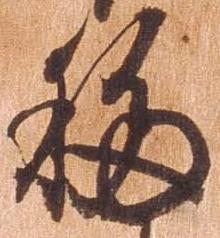
移